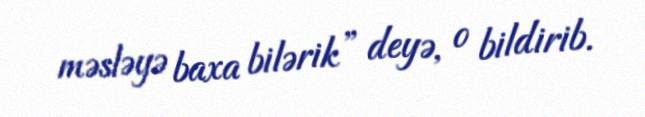
məsləyə baxa bilərik” deyə, o bildirib.